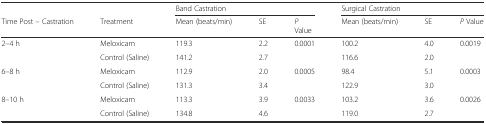
<table><thead><tr><td></td><td></td><td colspan="3"><b>Band Castration</b></td><td colspan="3"><b>Surgical Castration</b></td></tr><tr><td><b>Time Post – Castration</b></td><td><b>Treatment</b></td><td><b>Mean (beats/min)</b></td><td><b>SE</b></td><td><b><i>P</i>Value</b></td><td><b>Mean (beats/min)</b></td><td><b>SE</b></td><td><b><i>P</i> Value</b></td></tr></thead><tbody><tr><td rowspan="2">2–4 h</td><td>Meloxicam</td><td>119.3</td><td>2.2</td><td rowspan="2">0.0001</td><td>100.2</td><td>4.0</td><td rowspan="2">0.0019</td></tr><tr><td>Control (Saline)</td><td>141.2</td><td>2.7</td><td>116.6</td><td>2.0</td></tr><tr><td rowspan="2">6–8 h</td><td>Meloxicam</td><td>112.9</td><td>2.0</td><td rowspan="2">0.0005</td><td>98.4</td><td>5.1</td><td rowspan="2">0.0003</td></tr><tr><td>Control (Saline)</td><td>131.3</td><td>3.4</td><td>122.9</td><td>3.0</td></tr><tr><td rowspan="2">8–10 h</td><td>Meloxicam</td><td>113.3</td><td>3.9</td><td rowspan="2">0.0033</td><td>103.2</td><td>3.6</td><td rowspan="2">0.0026</td></tr><tr><td>Control (Saline)</td><td>134.8</td><td>4.6</td><td>119.0</td><td>2.7</td></tr></tbody></table>